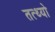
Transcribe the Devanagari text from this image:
तत्थ्यो